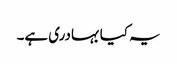
یہ کیا بہادری ہے۔